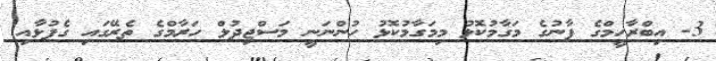
3- އިބްރާހީމްގެ ފާނުގެ މަގާމުކޮޅު މިމަގާމުކޮޅު ހުންނަނީ މަސްޖިދުލް ހަރާމްގެ ތެރޭގައި ގެފުޅާއި